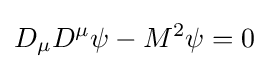
D_{\mu }D^{\mu }\psi -M^{2}\psi =0